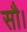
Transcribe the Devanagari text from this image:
सौ।